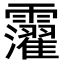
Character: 𩆸